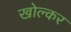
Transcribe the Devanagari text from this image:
खोल्कर